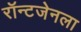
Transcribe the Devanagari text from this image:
रॉन्टजेनला